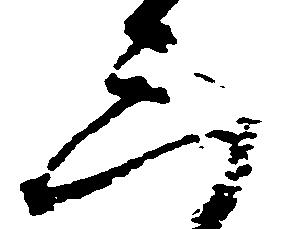
三